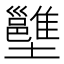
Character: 𡓱